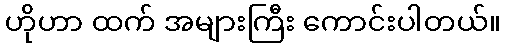
ဟိုဟာ ထက် အများကြီး ကောင်းပါတယ်။